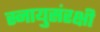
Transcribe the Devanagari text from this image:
स्नायुसंरक्षी